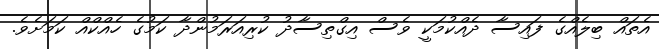
އެތައް ބިލެއްގެ ފައިސާ ދެއްކުމަކީ ވެސް އިގްތިސާދު ކުރިއަރަމުންދާ ކަމުގެ ހެއްކްއް ކަމަށެވެ.